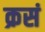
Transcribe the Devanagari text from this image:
क्रसं